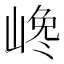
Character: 𡺎